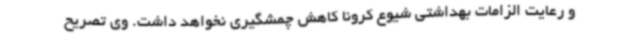
و رعایت الزامات بهداشتی شیوع کرونا کاهش چمشگیری نخواهد داشت. وی تصریح